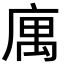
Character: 庽